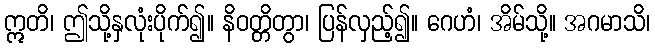
ဣတိ၊ ဤသို့နှလုံးပိုက်၍။ နိဝတ္တိတွာ၊ ပြန်လှည့်၍။ ဂေဟံ၊ အိမ်သို့။ အဂမာသိ၊